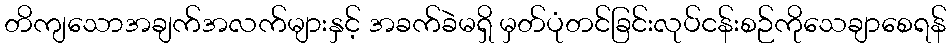
တိကျသောအချက်အလက်များနှင့် အခက်ခဲမရှိ မှတ်ပုံတင်ခြင်းလုပ်ငန်းစဉ်ကိုသေချာစေရန်